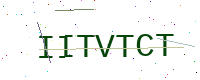
Text: IITVTCT